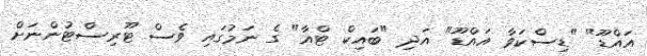
އައްޑޫ" "ޑިސްކަވާ އައްޑޫ" އަދި "ބައިކް ޓްއާ" ގެ ނަމުގައި ވެސް ޓޫރިސްޓުންނަށް